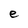
Character: e